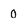
Character: 0